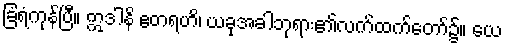
ခြံရံကုန်ပြီ။ ဣဒါနိ ဧတရဟိ၊ ယခုအခါဘုရား၏လက်ထက်တော်၌။ ယေ